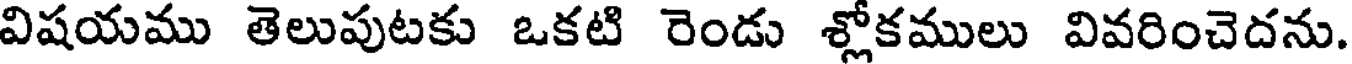
విషయము తెలుపుటకు ఒకటి రెండు శ్లోకములు వివరించెదను.